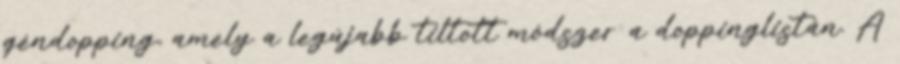
géndopping, amely a legújabb tiltott módszer a doppinglistán. A